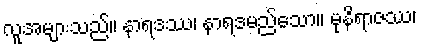
လူအများသည်။ နာရဒဿ၊ နာရဒမည်သော။ မုနိရာဇဿ၊